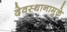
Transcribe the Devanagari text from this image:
देवस्थानामुळे